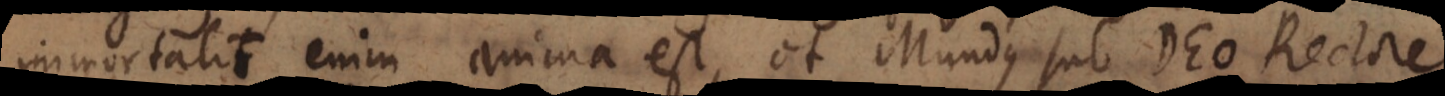
Immortalis enim anima est, et Mundus sub Rectore